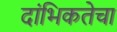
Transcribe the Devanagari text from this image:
दांभिकतेचा